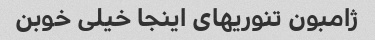
ژامبون تنوریهای اینجا خیلی خوبن